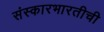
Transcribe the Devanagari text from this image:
संस्कारभारतीची